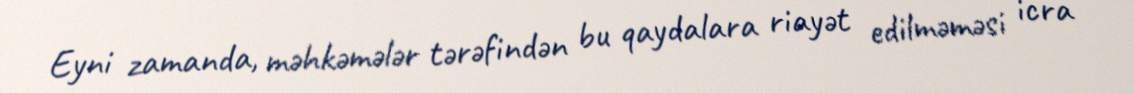
Eyni zamanda, məhkəmələr tərəfindən bu qaydalara riayət edilməməsi icra